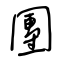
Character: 團